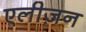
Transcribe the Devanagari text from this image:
एलीज़न